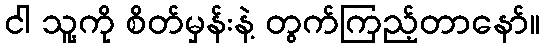
ငါ သူ့ကို စိတ်မှန်းနဲ့ တွက်ကြည့်တာနော်။